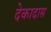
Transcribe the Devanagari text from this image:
देकादास